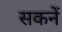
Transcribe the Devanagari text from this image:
सकनें